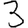
Digit: 3